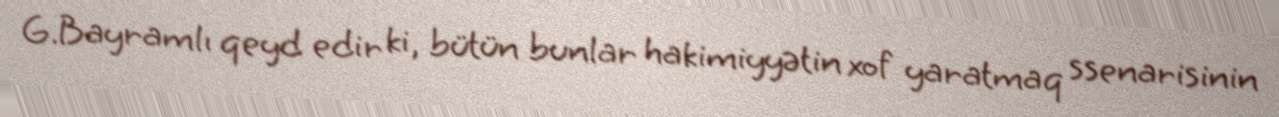
G.Bayramlı qeyd edir ki, bütün bunlar hakimiyyətin xof yaratmaq ssenarisinin